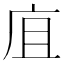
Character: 㡹